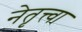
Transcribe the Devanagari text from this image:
नेतृत्त्वा